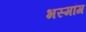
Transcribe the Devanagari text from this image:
भस्मांग